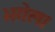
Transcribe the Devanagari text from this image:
भगेल।